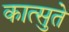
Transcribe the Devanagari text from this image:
कात्सुते